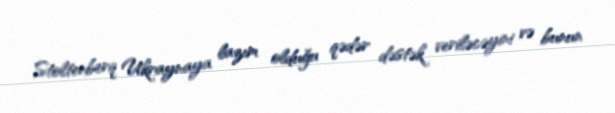
Stoltenberq Ukraynaya lazım olduğu qədər dəstək veriləcəyini və bunun